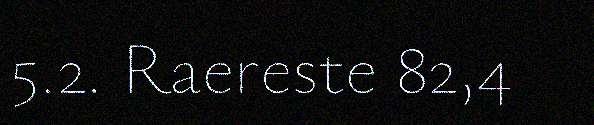
5.2. Raereste 82,4